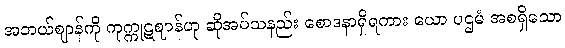
အဘယ်ဈာန်ကို ကုက္ကုဋဈာန်ဟု ဆိုအပ်သနည်း စောဒနာရှိရကား ယော ပဌမံ အစရှိသော